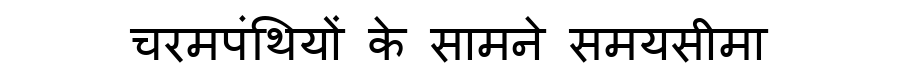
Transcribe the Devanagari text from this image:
चरमपंथियों के सामने समयसीमा